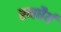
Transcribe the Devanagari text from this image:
रणधैर्य